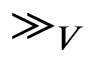
\gg _ { V }